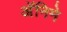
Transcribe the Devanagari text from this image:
अॅनिमे